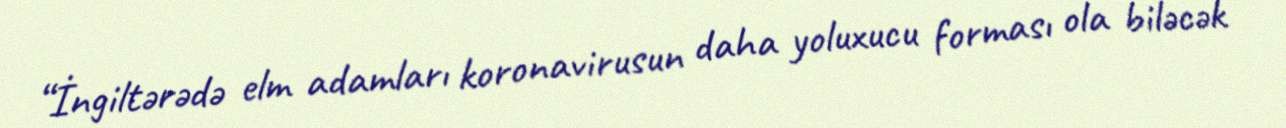
“İngiltərədə elm adamları koronavirusun daha yoluxucu forması ola biləcək